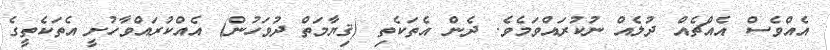
އެއްވެސް އެއްޗެއް ދުލެއް ނުކުރައްވަމެވެ. ދެން އެތަކެތި (ޤިޔާމަތް ދުވަހުން) އެއްކުރައްވާހުށީ އެތަކެތީގެ